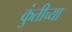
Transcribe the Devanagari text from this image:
कुंतीच्या